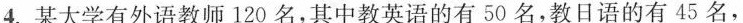
4.某大学有外语教师120名，其中教英语的有50名，教日语的有45名，